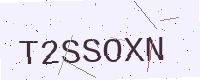
Text: T2SSOXN